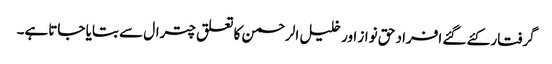
گرفتار کئے گئے افراد حق نواز اور خلیل الرحمن کا تعلق چترال سے بتایا جاتاہے۔